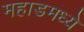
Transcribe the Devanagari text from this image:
महाडमध्ये